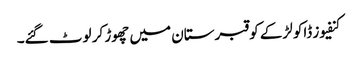
کنفیوز ڈاکو لڑکے کو قبرستان میں چھوڑ کر لوٹ گئے۔